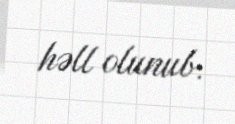
həll olunub.